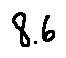
8 . 6